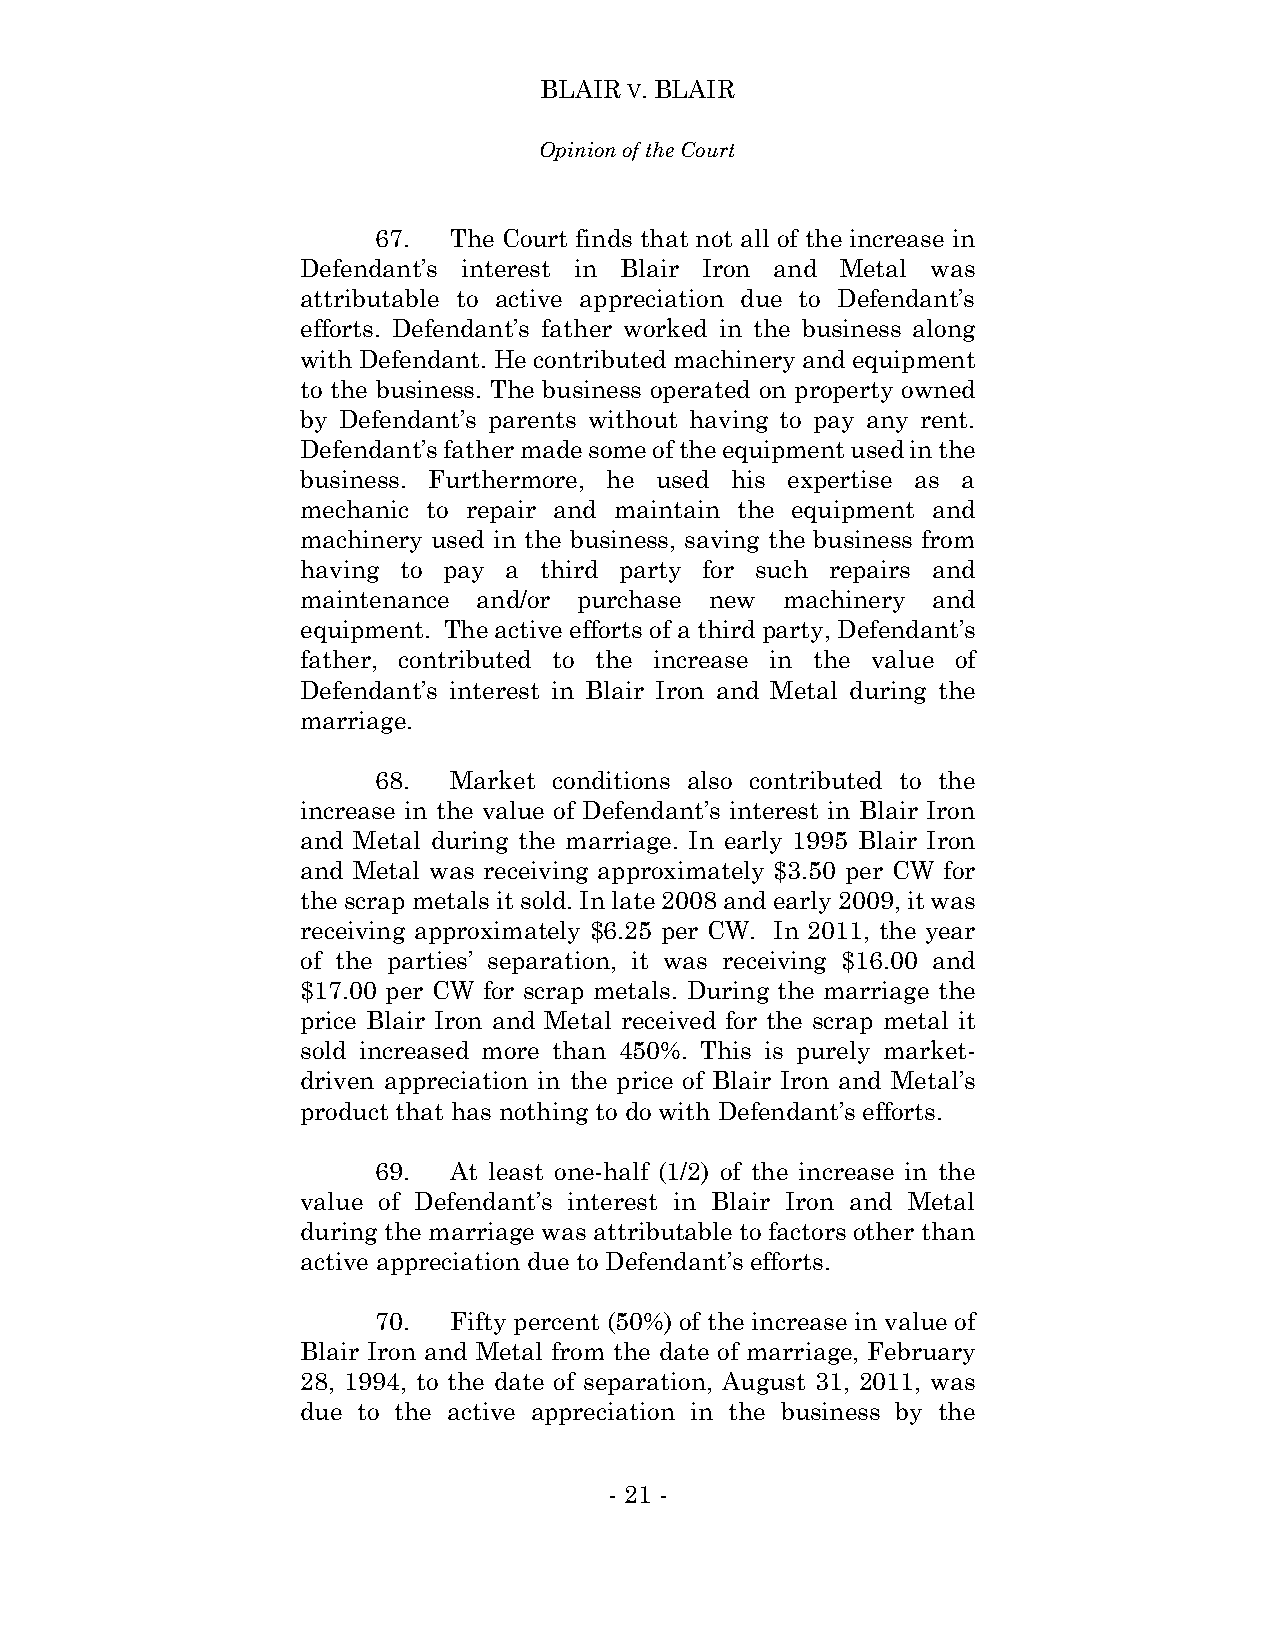
BLAIR V. BLAIR
 Opinion of the Court
 67.  The Court finds that not all of the increase in
 Defendant’s interest in Blair Iron and Metal was
 attributable to active appreciation due to Defendant’s
 efforts. Defendant’s father worked in the business along
 with Defendant. He contributed machinery and equipment
 to the business. The business operated on property owned
 by Defendant’s parents without having to pay any rent.
 Defendant’s father made some of the equipment used in the
 business. Furthermore, he used his expertise as a
 mechanic to repair and maintain the equipment and
 machinery used in the business, saving the business from
 having to pay a third party for such repairs and
 maintenance and/or purchase new machinery and
 equipment. The active efforts of a third party, Defendant’s
 father, contributed to the increase in the value of
 Defendant’s interest in Blair Iron and Metal during the
 marriage.
 68.  Market conditions also contributed to the
 increase in the value of Defendant’s interest in Blair Iron
 and Metal during the marriage. In early 1995 Blair Iron
 and Metal was receiving approximately $3.50 per CW for
 the scrap metals it sold. In late 2008 and early 2009, it was
 receiving approximately $6.25 per CW. In 2011, the year
 of the parties’ separation, it was receiving $16.00 and
 $17.00 per CW for scrap metals. During the marriage the
 price Blair Iron and Metal received for the scrap metal it
 sold increased more than 450%. This is purely market-
 driven appreciation in the price of Blair Iron and Metal’s
 product that has nothing to do with Defendant’s efforts.
 69.  At least one-half (1/2) of the increase in the
 value of Defendant’s interest in Blair Iron and Metal
 during the marriage was attributable to factors other than
 active appreciation due to Defendant’s efforts.
 70.  Fifty percent (50%) of the increase in value of
 Blair Iron and Metal from the date of marriage, February
 28, 1994, to the date of separation, August 31, 2011, was
 due to the active appreciation in the business by the
 - 21 -